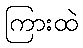
ကြားထဲ